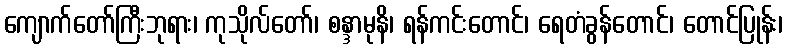
ကျောက်တော်ကြီးဘုရား၊ ကုသိုလ်တော်၊ စန္ဒာမုနိ၊ ရန်ကင်းတောင်၊ ရေတံခွန်တောင်၊ တောင်ပြုန်း၊